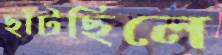
ছাঁটছিলে